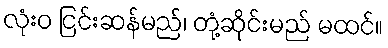
လုံးဝ ငြင်းဆန်မည်၊ တုံ့ဆိုင်းမည် မထင်။